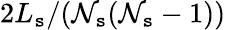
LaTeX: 2L_{\mathtt{s}}/(\mathcal{{N}}_{\mathtt{s}}(\mathcal{{N}}_{\mathtt{s}}-1))